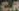
C.R